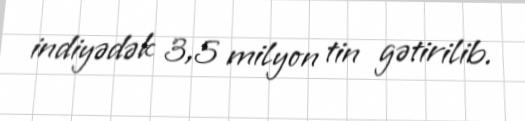
indiyədək 3,5 milyon tin gətirilib.